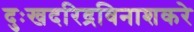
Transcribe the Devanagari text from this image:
दुःखदरिद्रविनाशकरे